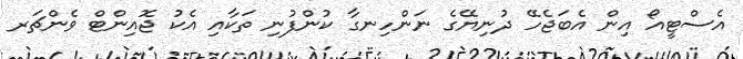
އެސްޓީއޯ އިން އެބަޖެހޭ ދުނިޔޭގެ ނަންހިނގާ ކުންފުނި ތަކާއި އެކު ޖޮއިންޓް ވެންޗަރ